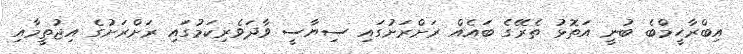
އިބްރާހީމްބެ ބުނީ އަތޮޅު ތެރޭގެ ބައެއް ރަށްރަށުގައި ސިޔާސީ ވާދަވެރިކަމުގައި ރަށްރަށުގެ އިޖުތީމާއި